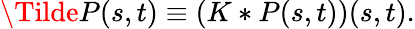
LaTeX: \Tilde{P}(s,t)\equiv\left(K*P(s,t)\right)(s,t).